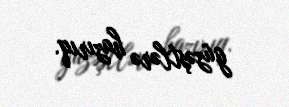
güzəştlərə hazırıq.